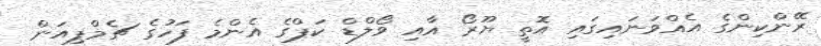
ރޭންކިންގެ އެއްވަނައިގައި އޮތީ ޔޫރޯ އާއި ވޯލްޑް ކަޕްގެ އެންމެ ފަހުގެ ޗެމްޕިއަން